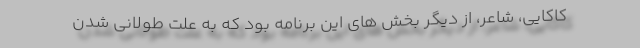
کاکایی، شاعر، از دیگر بخش های این برنامه بود که به علت طولانی شدن